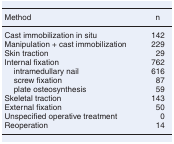
<table><thead><tr><td><b>Method</b></td><td><b>n</b></td></tr></thead><tbody><tr><td>Cast immobilization in situ</td><td>142</td></tr><tr><td>Manipulation + cast immobilization</td><td>229</td></tr><tr><td>Skin traction</td><td>29</td></tr><tr><td>Internal fixation</td><td>762</td></tr><tr><td> intramedullary nail</td><td>616</td></tr><tr><td> screw fixation</td><td>87</td></tr><tr><td> plate osteosynthesis</td><td>59</td></tr><tr><td>Skeletal traction</td><td>143</td></tr><tr><td>External fixation</td><td>50</td></tr><tr><td>Unspecified operative treatment</td><td>0</td></tr><tr><td>Reoperation</td><td>14</td></tr></tbody></table>